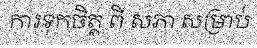
ការទុកចិត្ត ពី សភា សម្រាប់